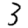
Digit: 3